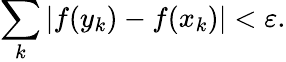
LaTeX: \sum_{k}|f(y_{k})-f(x_{k})|<\varepsilon.